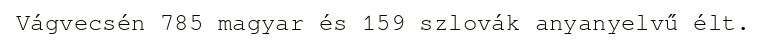
Vágvecsén 785 magyar és 159 szlovák anyanyelvű élt.